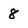
Character: 8